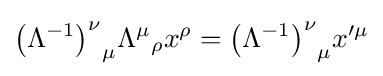
{\left(\Lambda ^{-1}\right)^{\nu }}_{\mu }{\Lambda ^{\mu }}_{\rho }x^{\rho }={\left(\Lambda ^{-1}\right)^{\nu }}_{\mu }x'^{\mu }